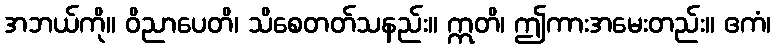
အဘယ်ကို။ ဝိညာပေတိ၊ သိစေတတ်သနည်း။ ဣတိ၊ ဤကားအမေးတည်း။ ဧကံ၊